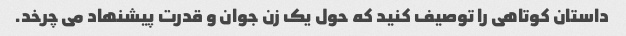
داستان کوتاهی را توصیف کنید که حول یک زن جوان و قدرت پیشنهاد می چرخد.